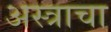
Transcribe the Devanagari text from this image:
अस्त्राचा